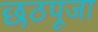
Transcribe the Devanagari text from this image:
छठपूजा